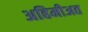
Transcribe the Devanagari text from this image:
अहिमीअत